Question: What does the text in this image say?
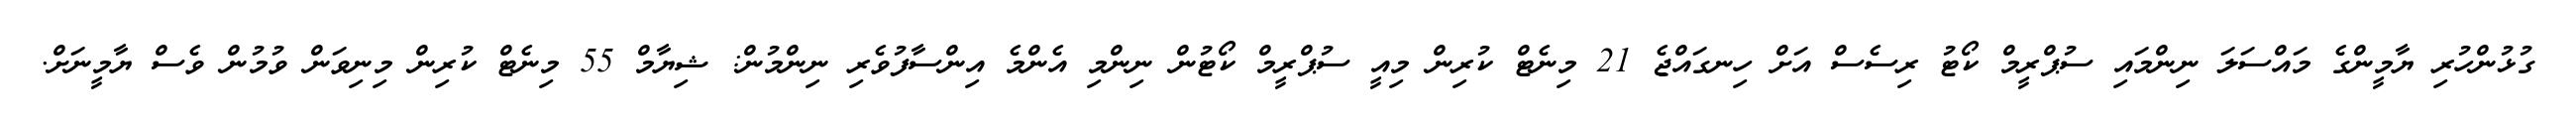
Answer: ގުޅުންހުރި ޔާމީންގެ މައްސަލަ ނިންމައި ސުޕްރީމް ކޯޓު ރިސެސް އަށް ހިނގައްޖެ 21 މިނެޓް ކުރިން މިއީ ސުޕްރީމް ކޯޓުން ނިންމި އެންމެ އިންސާފުވެރި ނިންމުން: ޝިޔާމް 55 މިނެޓް ކުރިން މިނިވަން ވުމުން ވެސް ޔާމީނަށް.